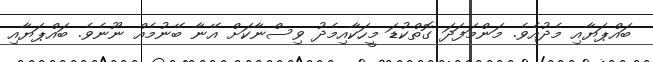
ބައްޕަޔާއި މެދުއެވެ. މަންމަފަދަ ގޮތްކުޑަ މީހަކާއިމެދު ވިސްނާކަށް އޭނާ ބޭނުމެއް ނޫނެވެ. ބައްޕަޔާއި